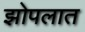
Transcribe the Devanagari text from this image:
झोपलात